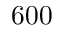
6 0 0